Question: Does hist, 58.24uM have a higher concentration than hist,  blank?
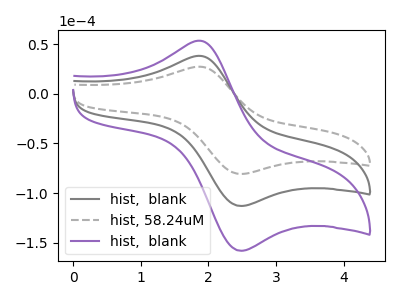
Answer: <think>The gray curve "hist,  blank" has an anodic peak at (1.90V, 38.15uA) and a cathodic peak at (2.45V, -113.05uA). The gray dashed curve "hist, 58.24uM" has an anodic peak at (1.90V, 27.25uA) and a cathodic peak at (2.45V, -80.80uA). The purple curve "hist,  blank" has an anodic peak at (1.90V, 76.35uA) and a cathodic peak at (2.45V, -226.10uA).
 All the peaks in "hist, 58.24uM" have a peak in "hist,  blank" at the same potential. Every peak in "hist, 58.24uM" is lower than every peak in "hist,  blank".</think>
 <answer>"hist, 58.24uM" has less signal than "hist,  blank" and so likely has a lower concentration.</answer>
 <eval>less_concentration</eval>